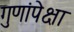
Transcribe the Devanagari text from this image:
गुणांपेक्षा